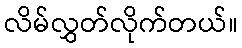
လိမ်လွှတ်လိုက်တယ်။